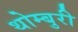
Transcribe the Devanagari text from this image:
थोम्बुरी